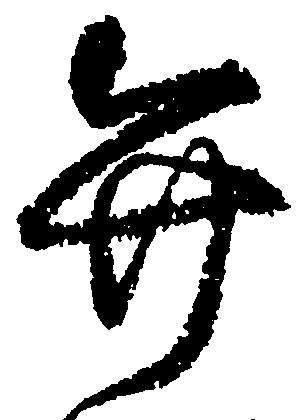
弁